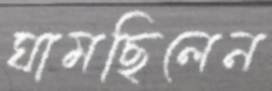
ঘামছিলেন